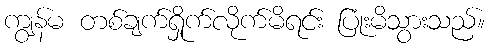
ကျွန်မ တစ်ချက်ရှိုက်လိုက်မိရင်း ပြုံးမိသွားသည်။